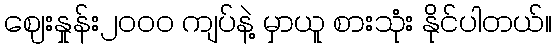
ဈေးနှုန်း၂ဝဝဝ ကျပ်နဲ့ မှာယူ စားသုံး နိုင်ပါတယ်။